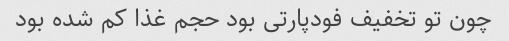
چون تو تخفیف فودپارتی بود حجم غذا کم شده بود